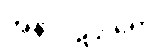
အနာဝဋဒွါရော